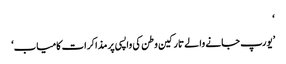
‘
’یورپ جانے والے تارکین وطن کی واپسی پر مذاکرات کامیاب‘